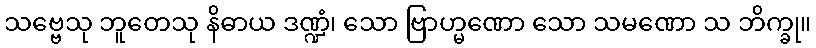
သဗ္ဗေသု ဘူတေသု နိဓာယ ဒဏ္ဍံ၊ သော ဗြာဟ္မဏော သော သမဏော သ ဘိက္ခု။